NAE_ERA_R-2078_Sihtasutus_Eesti_Kontsert, lk 23
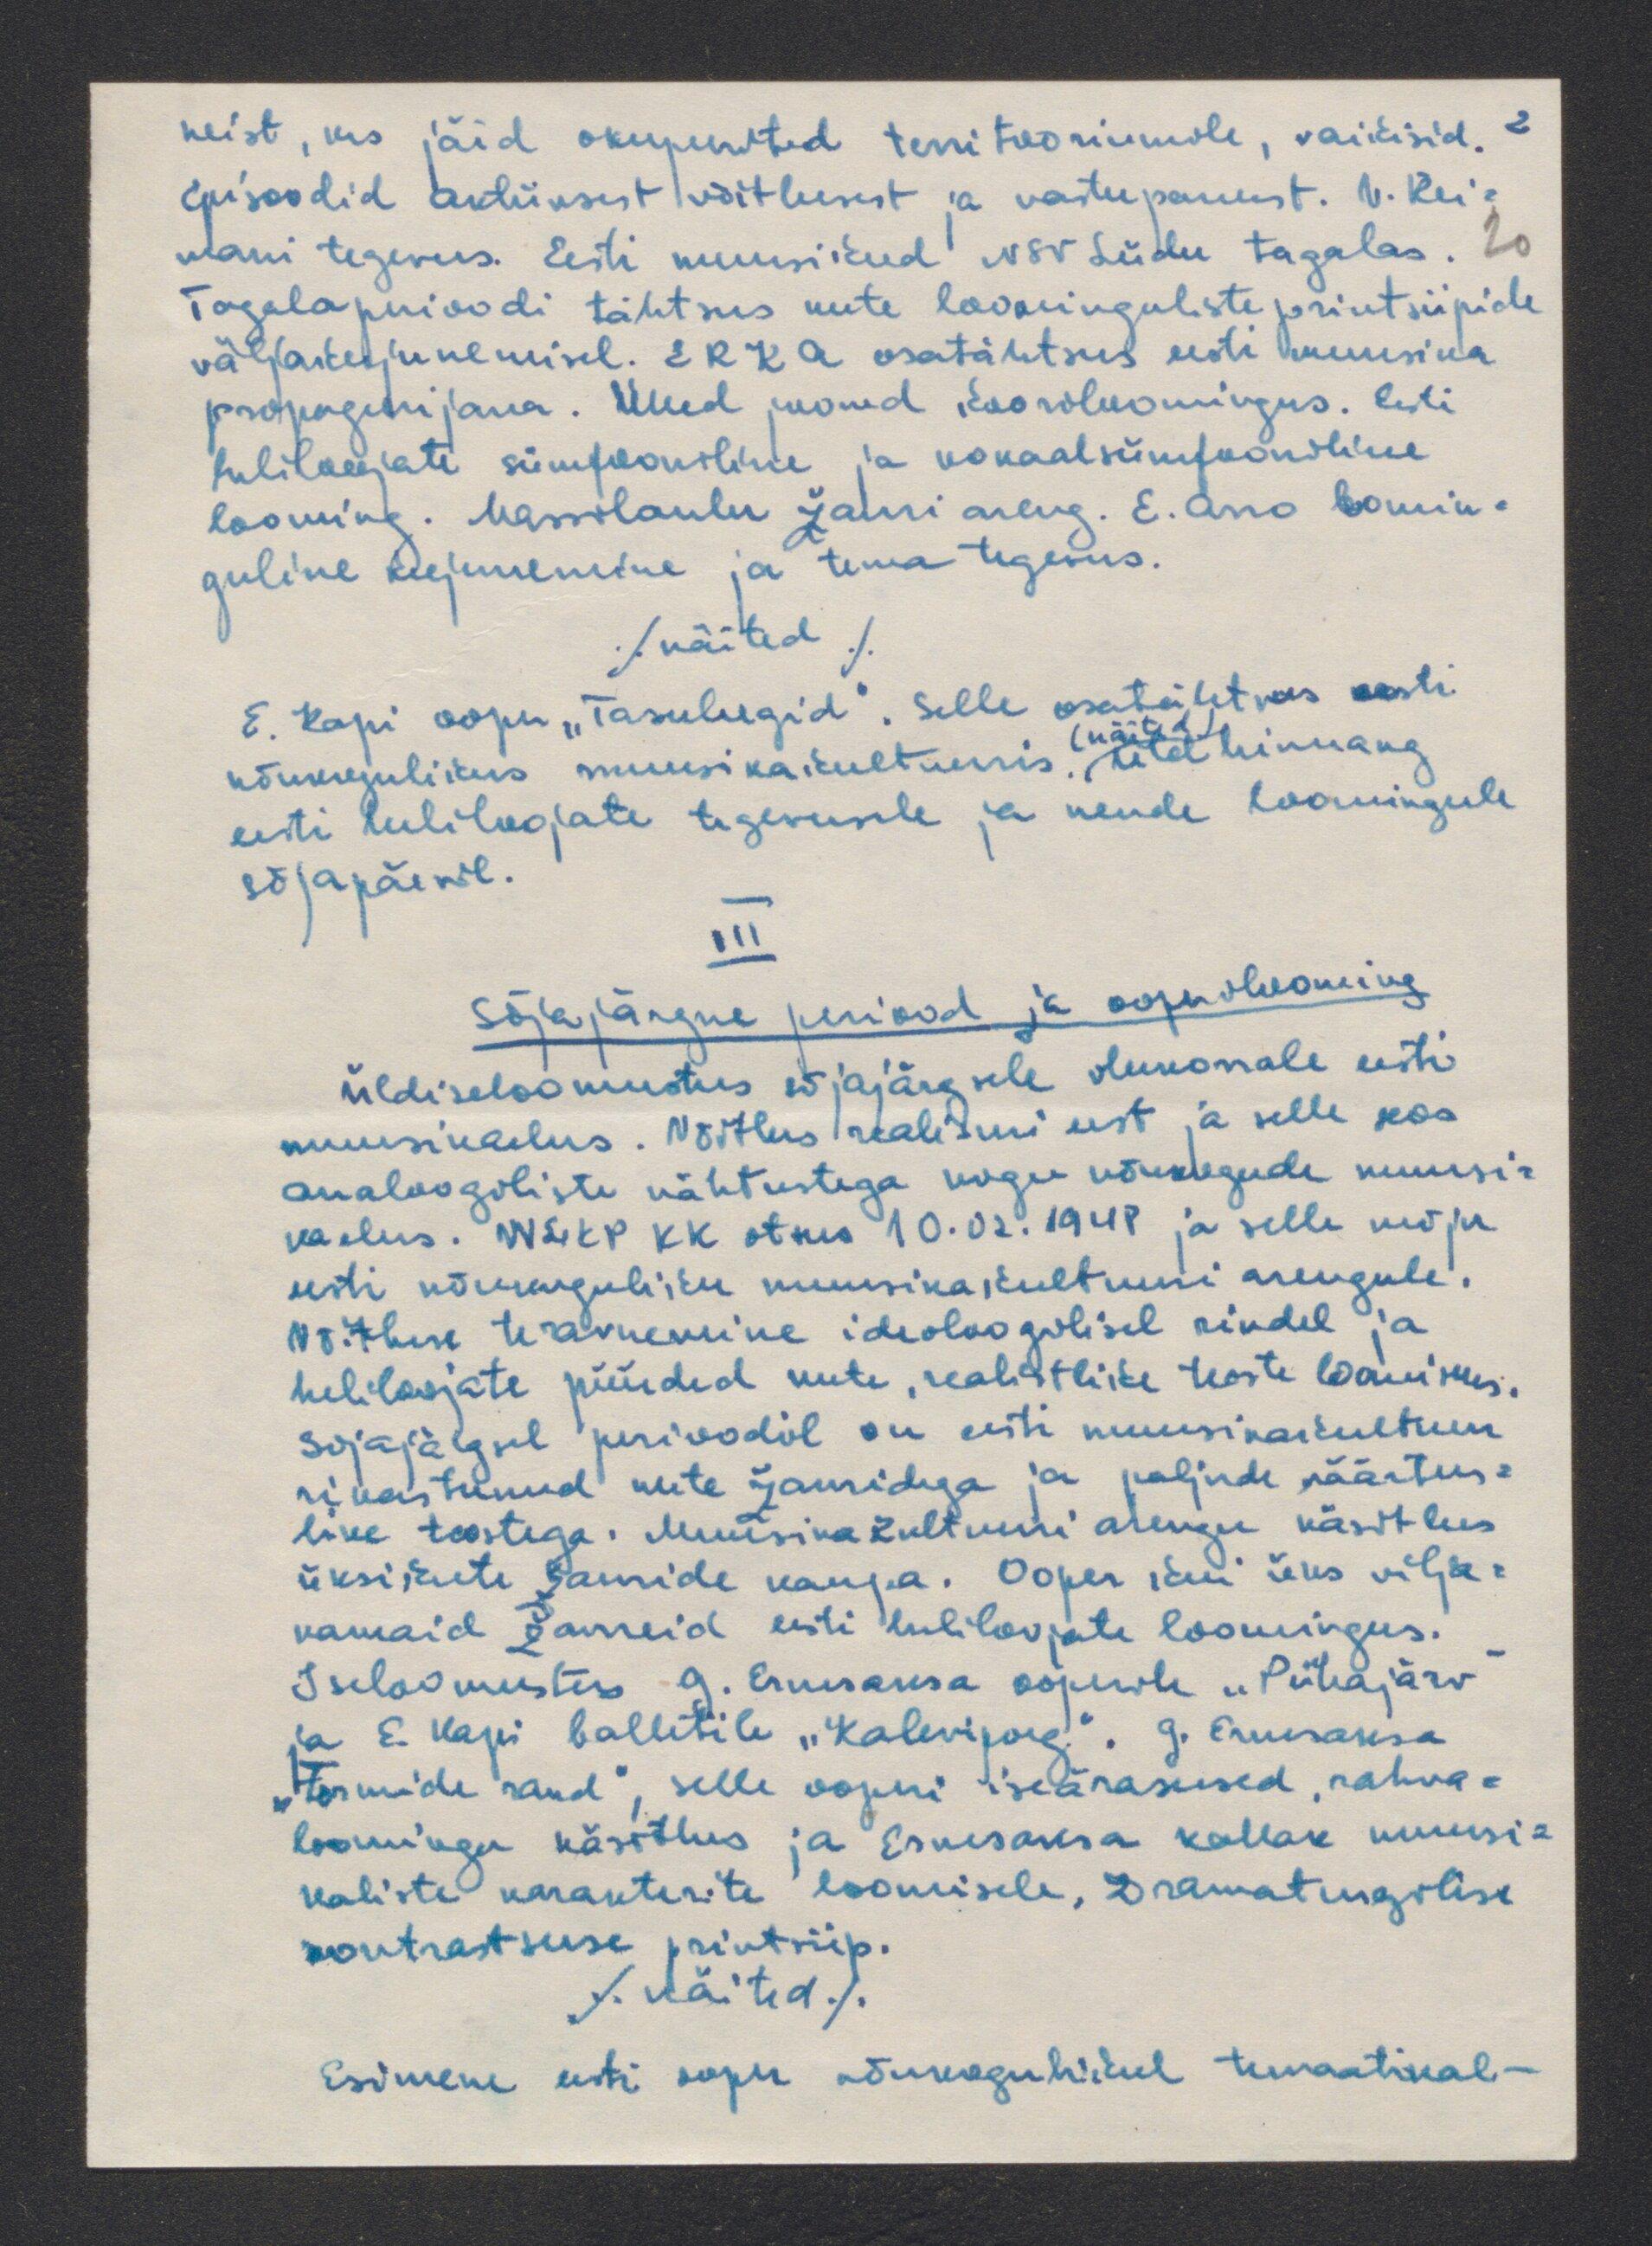
neist, kes jäid okupantide territooriumile, vaikisid. 2
Episoodid aktiivsest võitlusest ja vastupanust. V. Rei-
mani tegevus. Eesti muusikud NSV Liidu tagalas. 20
Tagala perioodi tähtsus uute loominguliste printsiipide
väljakujunemisel. ERKA osatähtsus eesti muusika
propageerijana. Uued jooned kooriloomingus. Eesti
Heliloojate sümfooniline ja vokaalsümfooniline
looming. Marsilaulu žanri areng. E. Arro loomin-
guline kujunemine ja tema tegevus.
(näited)
E. Kapi ooper "Tasuleegd". Selle osatähtsus eesti
nõukogulikus muusika kultuuris. Üldhinnang
näited
eesti heliloojate tegevusele ja nende loomingule
sõjapäevil.
III
sõjajärgne periood ja ooperilooming
Üldiseloomustus sõjajärgsele olukorrale eriti
muusikaelus. Võitlus realismi eest, ja selle seos
analoogiliste nähtustega kogu nõukogude muusi-
kaelus. NLKP KK otsus 10.02.1948 ja selle mõju
eesti nõukoguliku muusikakultuuri arengule.
Võitluse teravnemine ideoloogilisel rindel ja
heliloojate püüded uute, realistlike teoste loomises.
sõjajärgsel perioodil on eesti muusikakultuur
rikastunud uute žanridega ja paljude väärtus-
like teostega. Muusikakultuuri arengu käsitlus
üksikute žanride kaupa. Ooper kui üks vilja-
kamaid žanreid eesti heliloojate loomingus.
Iseloomustus G. Erneseksa ooperile "Pühajärv"
ja E. Kapi balletile "Kalevipoeg". G. Ernesaksa
"Tormide rand", selle ooperi iseärasused, rahva-
loomingu käsitlus ja Ernesaksa kallak muusi-
kaliste karakterite loomisele, Dramaturgilise
kontrastsuse printsiip.
./Näited/.
Esimene eesti kogu nõukogulikul temaatikal-